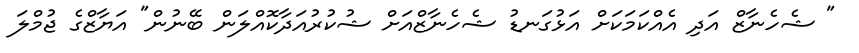
" ޝެހެނާޒް އަދި އެއްކަމަކަށް އަޅުގަނޑު ޝެހެނާޒްއަށް ޝުކުރުއަދާކޮއްލަން ބޭނުން" އަޔާޒްގެ ޖުމްލަ